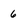
Character: 6